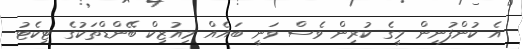
އެ ކުންފުނިން މީގެ ކުރިން ވެސް ވަނީ ބައެއް މިއުޒިކް ބޭންޑްތަކުގެ ޓިކެޓު